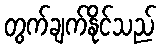
တွက်ချက်နိုင်သည်